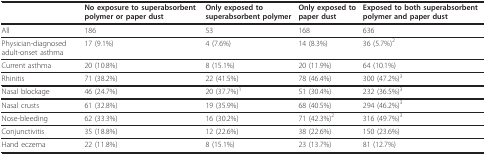
<table><thead><tr><td></td><td><b>No exposure to superabsorbent polymer or paper dust</b></td><td><b>Only exposed to superabsorbent polymer</b></td><td><b>Only exposed to paper dust</b></td><td><b>Exposed to both superabsorbent polymer and paper dust</b></td></tr></thead><tbody><tr><td>All</td><td>186</td><td>53</td><td>168</td><td>636</td></tr><tr><td>Physician-diagnosed adult-onset asthma</td><td>17 (9.1%)</td><td>4 (7.6%)</td><td>14 (8.3%)</td><td>36 (5.7%)<sup>2</sup></td></tr><tr><td>Current asthma</td><td>20 (10.8%)</td><td>8 (15.1%)</td><td>20 (11.9%)</td><td>64 (10.1%)</td></tr><tr><td>Rhinitis</td><td>71 (38.2%)</td><td>22 (41.5%)</td><td>78 (46.4%)</td><td>300 (47.2%)<sup>3</sup></td></tr><tr><td>Nasal blockage</td><td>46 (24.7%)</td><td>20 (37.7%)<sup>1</sup></td><td>51 (30.4%)</td><td>232 (36.5%)<sup>3</sup></td></tr><tr><td>Nasal crusts</td><td>61 (32.8%)</td><td>19 (35.9%)</td><td>68 (40.5%)</td><td>294 (46.2%)<sup>3</sup></td></tr><tr><td>Nose-bleeding</td><td>62 (33.3%)</td><td>16 (30.2%)</td><td>71 (42.3%)<sup>2</sup></td><td>316 (49.7%)<sup>3</sup></td></tr><tr><td>Conjunctivitis</td><td>35 (18.8%)</td><td>12 (22.6%)</td><td>38 (22.6%)</td><td>150 (23.6%)</td></tr><tr><td>Hand eczema</td><td>22 (11.8%)</td><td>8 (15.1%)</td><td>23 (13.7%)</td><td>81 (12.7%)</td></tr></tbody></table>